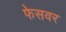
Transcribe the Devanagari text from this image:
फेसवर